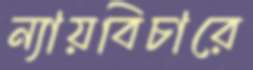
ন্যায়বিচারে